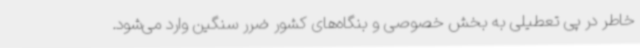
خاطر در پی تعطیلی به بخش خصوصی و بنگاه‌های کشور ضرر سنگین وارد می‌شود.